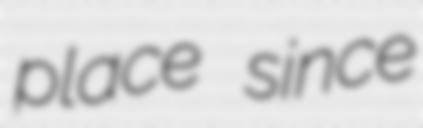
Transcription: place since